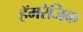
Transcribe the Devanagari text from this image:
हॅमरेजिक